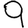
Digit: 9